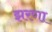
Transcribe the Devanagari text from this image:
झरणा